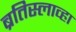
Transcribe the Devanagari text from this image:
ब्रतिस्लाव्हा